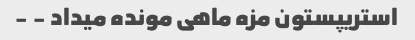
استریپستون مزه ماهی مونده میداد - -